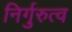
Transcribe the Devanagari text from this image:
निर्गुरुत्व